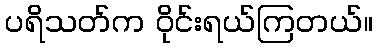
ပရိသတ်က ဝိုင်းရယ်ကြတယ်။